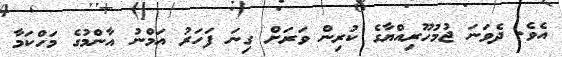
އެވެ. ދެވަނަ ޖުމުހޫރިއްޔާގެ ކުރިން ވަރަށް ގިނަ ފަަހަރު އަމްނު އާންމުގެ މަހްކަމާ